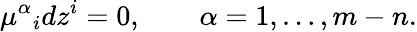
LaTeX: \mu^{\alpha}{}_{i}dz^{i}=0,\qquad\alpha=1,\ldots,m-n.